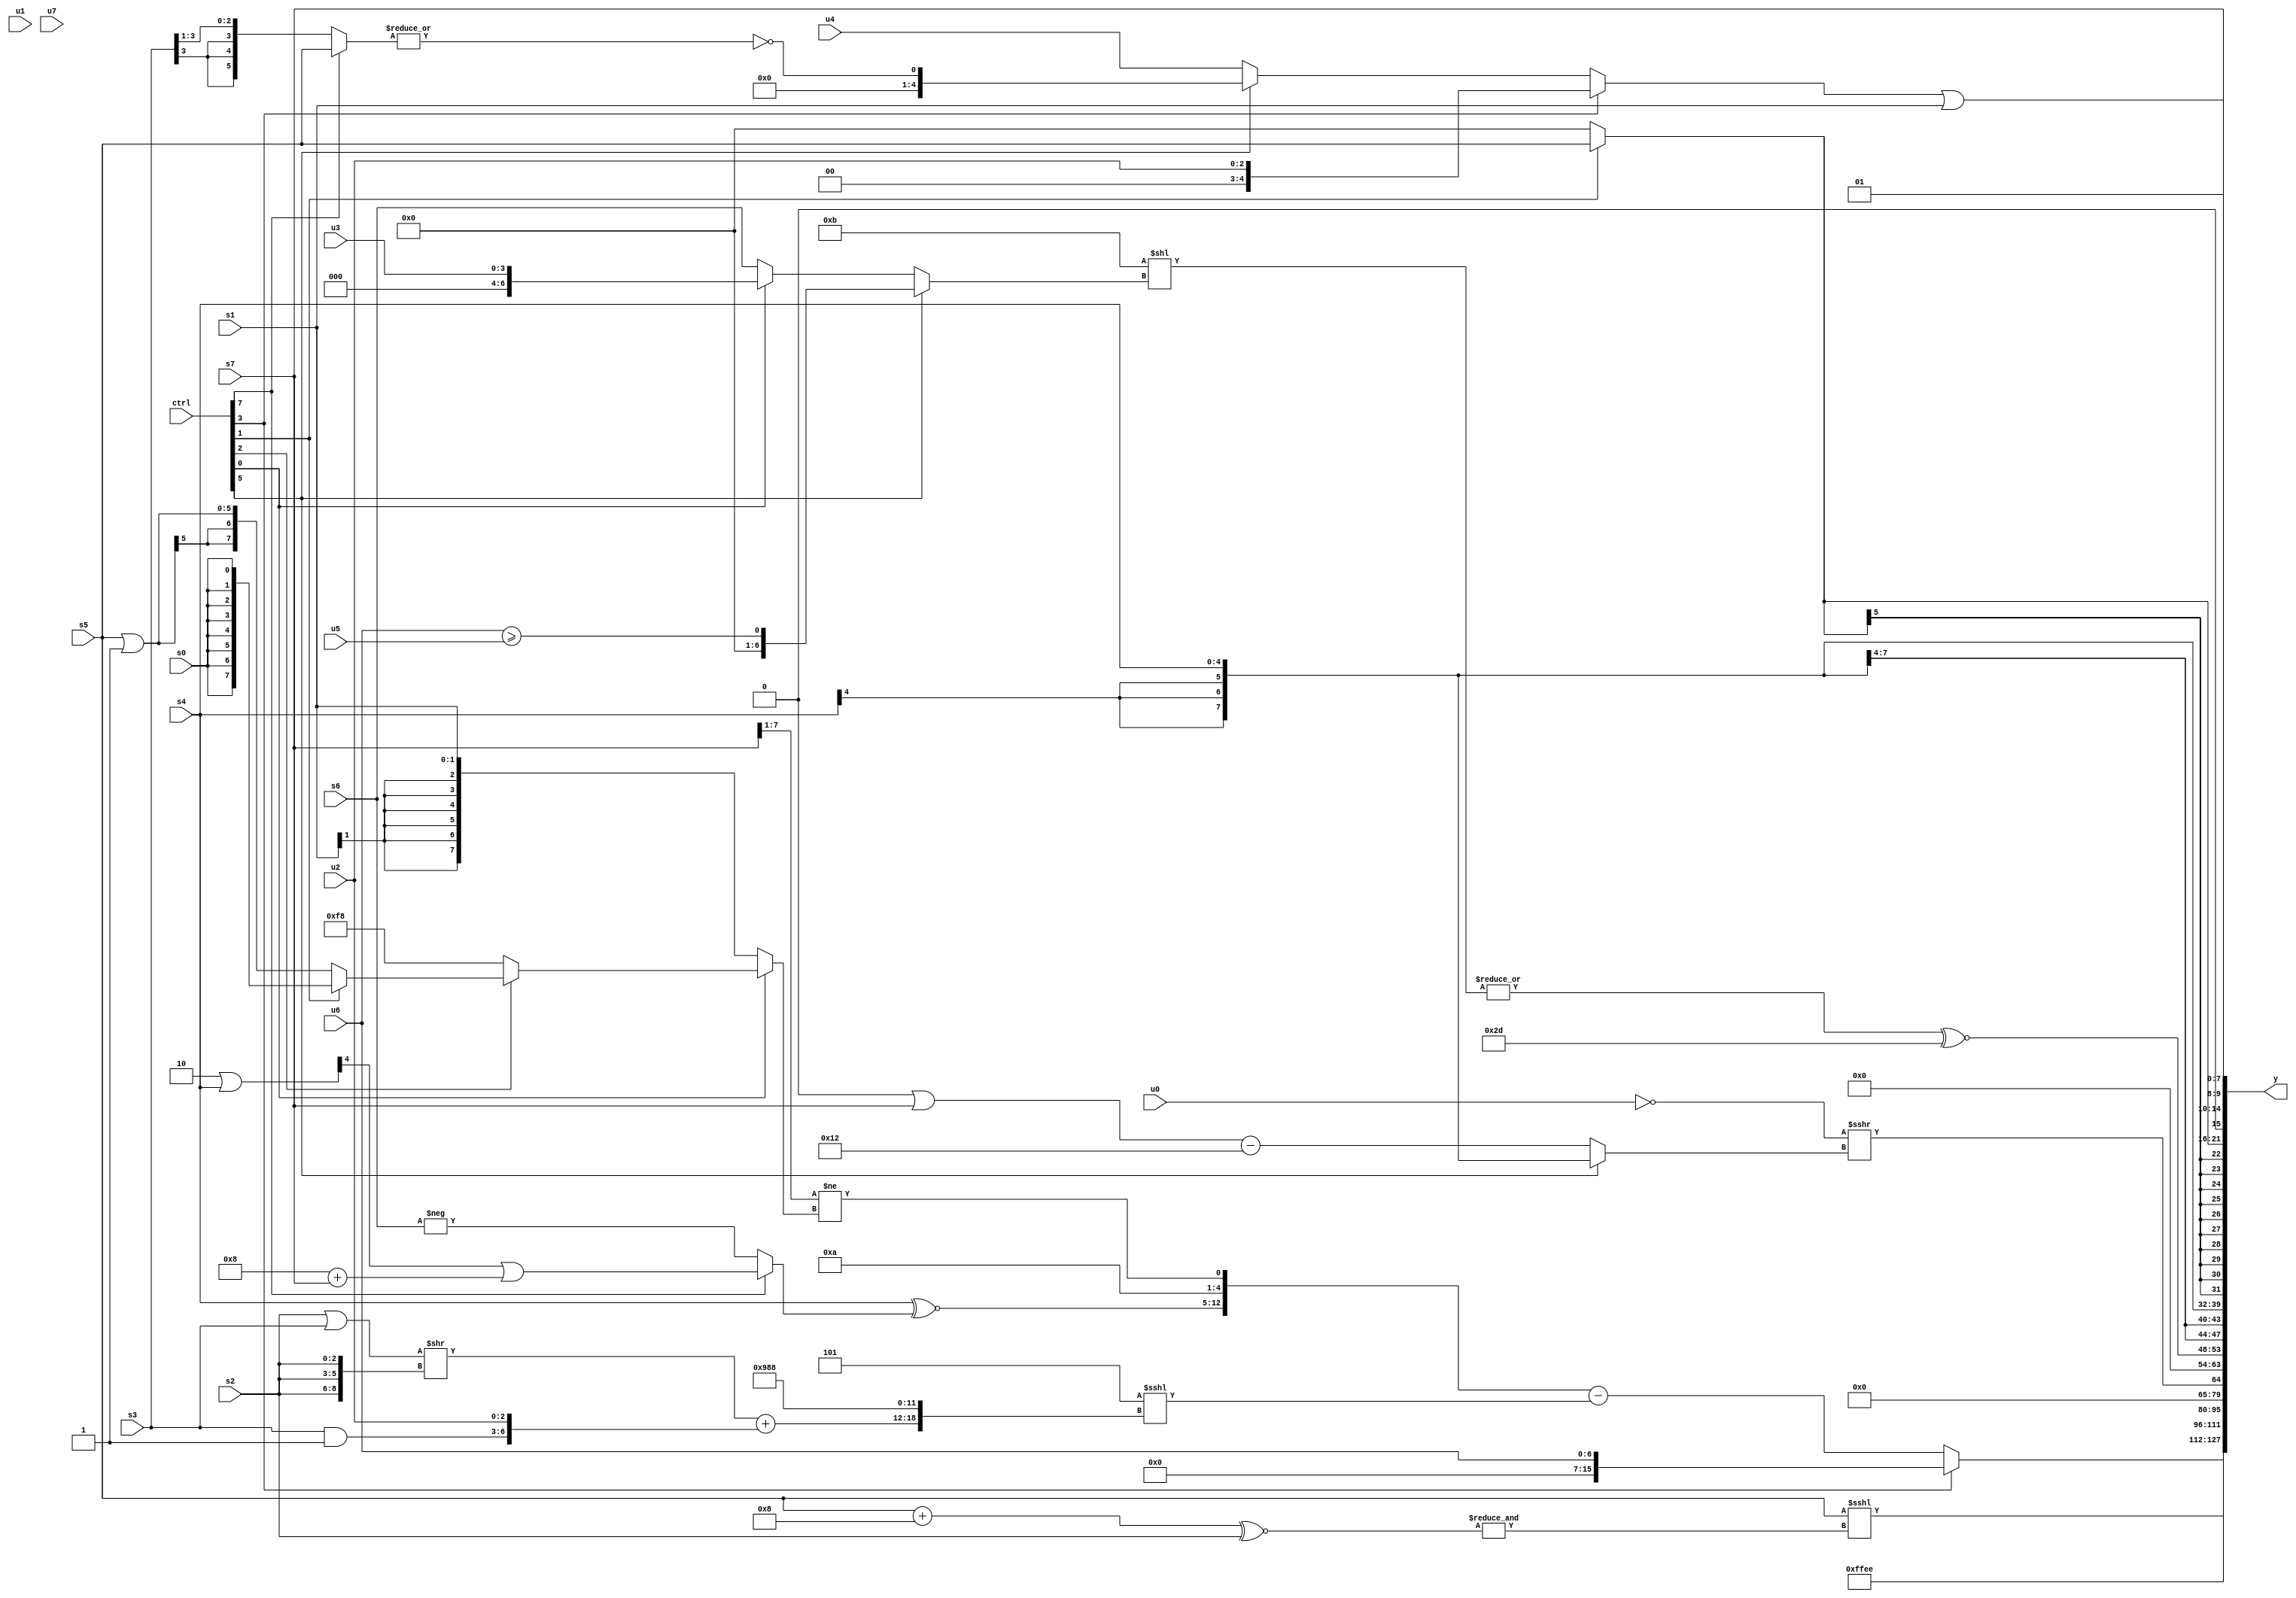
module wideexpr_00577(ctrl, u0, u1, u2, u3, u4, u5, u6, u7, s0, s1, s2, s3, s4, s5, s6, s7, y);
  input [7:0] ctrl;
  input [0:0] u0;
  input [1:0] u1;
  input [2:0] u2;
  input [3:0] u3;
  input [4:0] u4;
  input [5:0] u5;
  input [6:0] u6;
  input [7:0] u7;
  input signed [0:0] s0;
  input signed [1:0] s1;
  input signed [2:0] s2;
  input signed [3:0] s3;
  input signed [4:0] s4;
  input signed [5:0] s5;
  input signed [6:0] s6;
  input signed [7:0] s7;
  output [127:0] y;
  wire [15:0] y0;
  wire [15:0] y1;
  wire [15:0] y2;
  wire [15:0] y3;
  wire [15:0] y4;
  wire [15:0] y5;
  wire [15:0] y6;
  wire [15:0] y7;
  assign y = {y0,y1,y2,y3,y4,y5,y6,y7};
  assign y0 = (ctrl[3]?u6:({(+(s4))^~((ctrl[7]?(((3'sb110)|(s4))>>>((1'sb1)|(3'sb001)))|(($signed(5'b11000))+(s7)):-(s6))),4'sb1010,((s7)>>>($signed(2'sb01)))!=((ctrl[0]?(ctrl[2]?(ctrl[1]?s0:(s5)|(4'sb1111)):4'sb1000):s1))})-((3'sb101)<<<($unsigned({(((s2)|(s3))>>({3{s2}}))+({(s3)&(1'sb1),u2}),3'sb100,$signed((6'b110001)<<<({4{1'sb0}})),$signed(((ctrl[1]?1'sb1:s2))<<<(5'sb10000))}))));
  assign y1 = 6'sb101110;
  assign y2 = (s5)<<<(&(((s5)+(6'sb001000))^~(s2)));
  assign y3 = {1{(+(!(u0)))>>>((ctrl[5]?s4:(((s4)>>(5'sb01111))|(s7))-($signed(5'sb10010))))}};
  assign y4 = $unsigned((~|(~|((5'b01011)<<((ctrl[5]?(u6)>=(u5):(ctrl[0]?u3:s6))))))^~(6'sb101101));
  assign y5 = s4;
  assign y6 = (ctrl[1]?s5:1'sb0);
  assign y7 = {((ctrl[3]?u2:(ctrl[5]?~|({2{(ctrl[7]?$signed(s5):(s3)>>>(3'sb001))}}):u4)))|(s1),2'sb01,s7};
endmodule